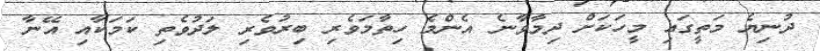
ދުނިޔެ މަތީގައި މީހަކަށް ދިމާވާނެ އެންމެ ހިތާމަވެރި ބިރުވެރި ލަދުވެތި ކަމަކާއި އޭނާ